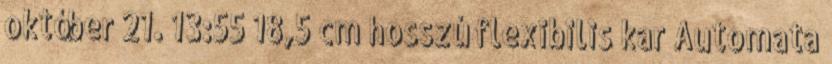
október 21. 13:55 18,5 cm hosszú flexibilis kar Automata